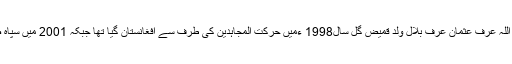
تفصیلات کے مطابق قاری عرفان اللہ عرف عثمان عرف بلال ولد قمیض گل سال1998 ءمیں حرکت المجاہدین کی طرف سے افغانستان گیا تھا جبکہ 2001 میں سپاہ صحابہ طارق یونٹ میں شامل ہوا ۔